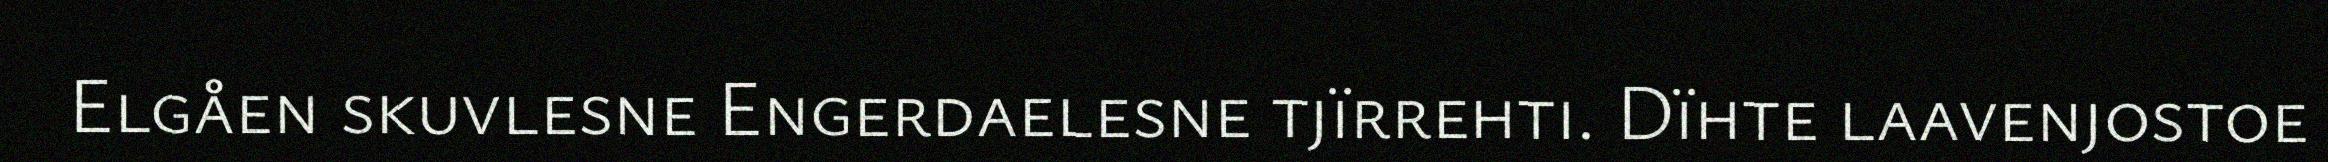
Elgåen skuvlesne Engerdaelesne tjïrrehti. Dïhte laavenjostoe